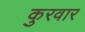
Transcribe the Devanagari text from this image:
कुरवार